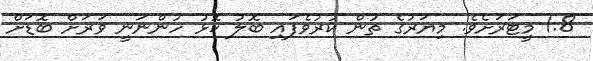
1.8 މީޓަރަށެވެ. މިޔަރުގެ ތުން ކުރުވެފައި ބޮލު ކޮޅު ހުންނަނީ ވަރަށް ބޮޑަށް